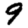
Digit: 9